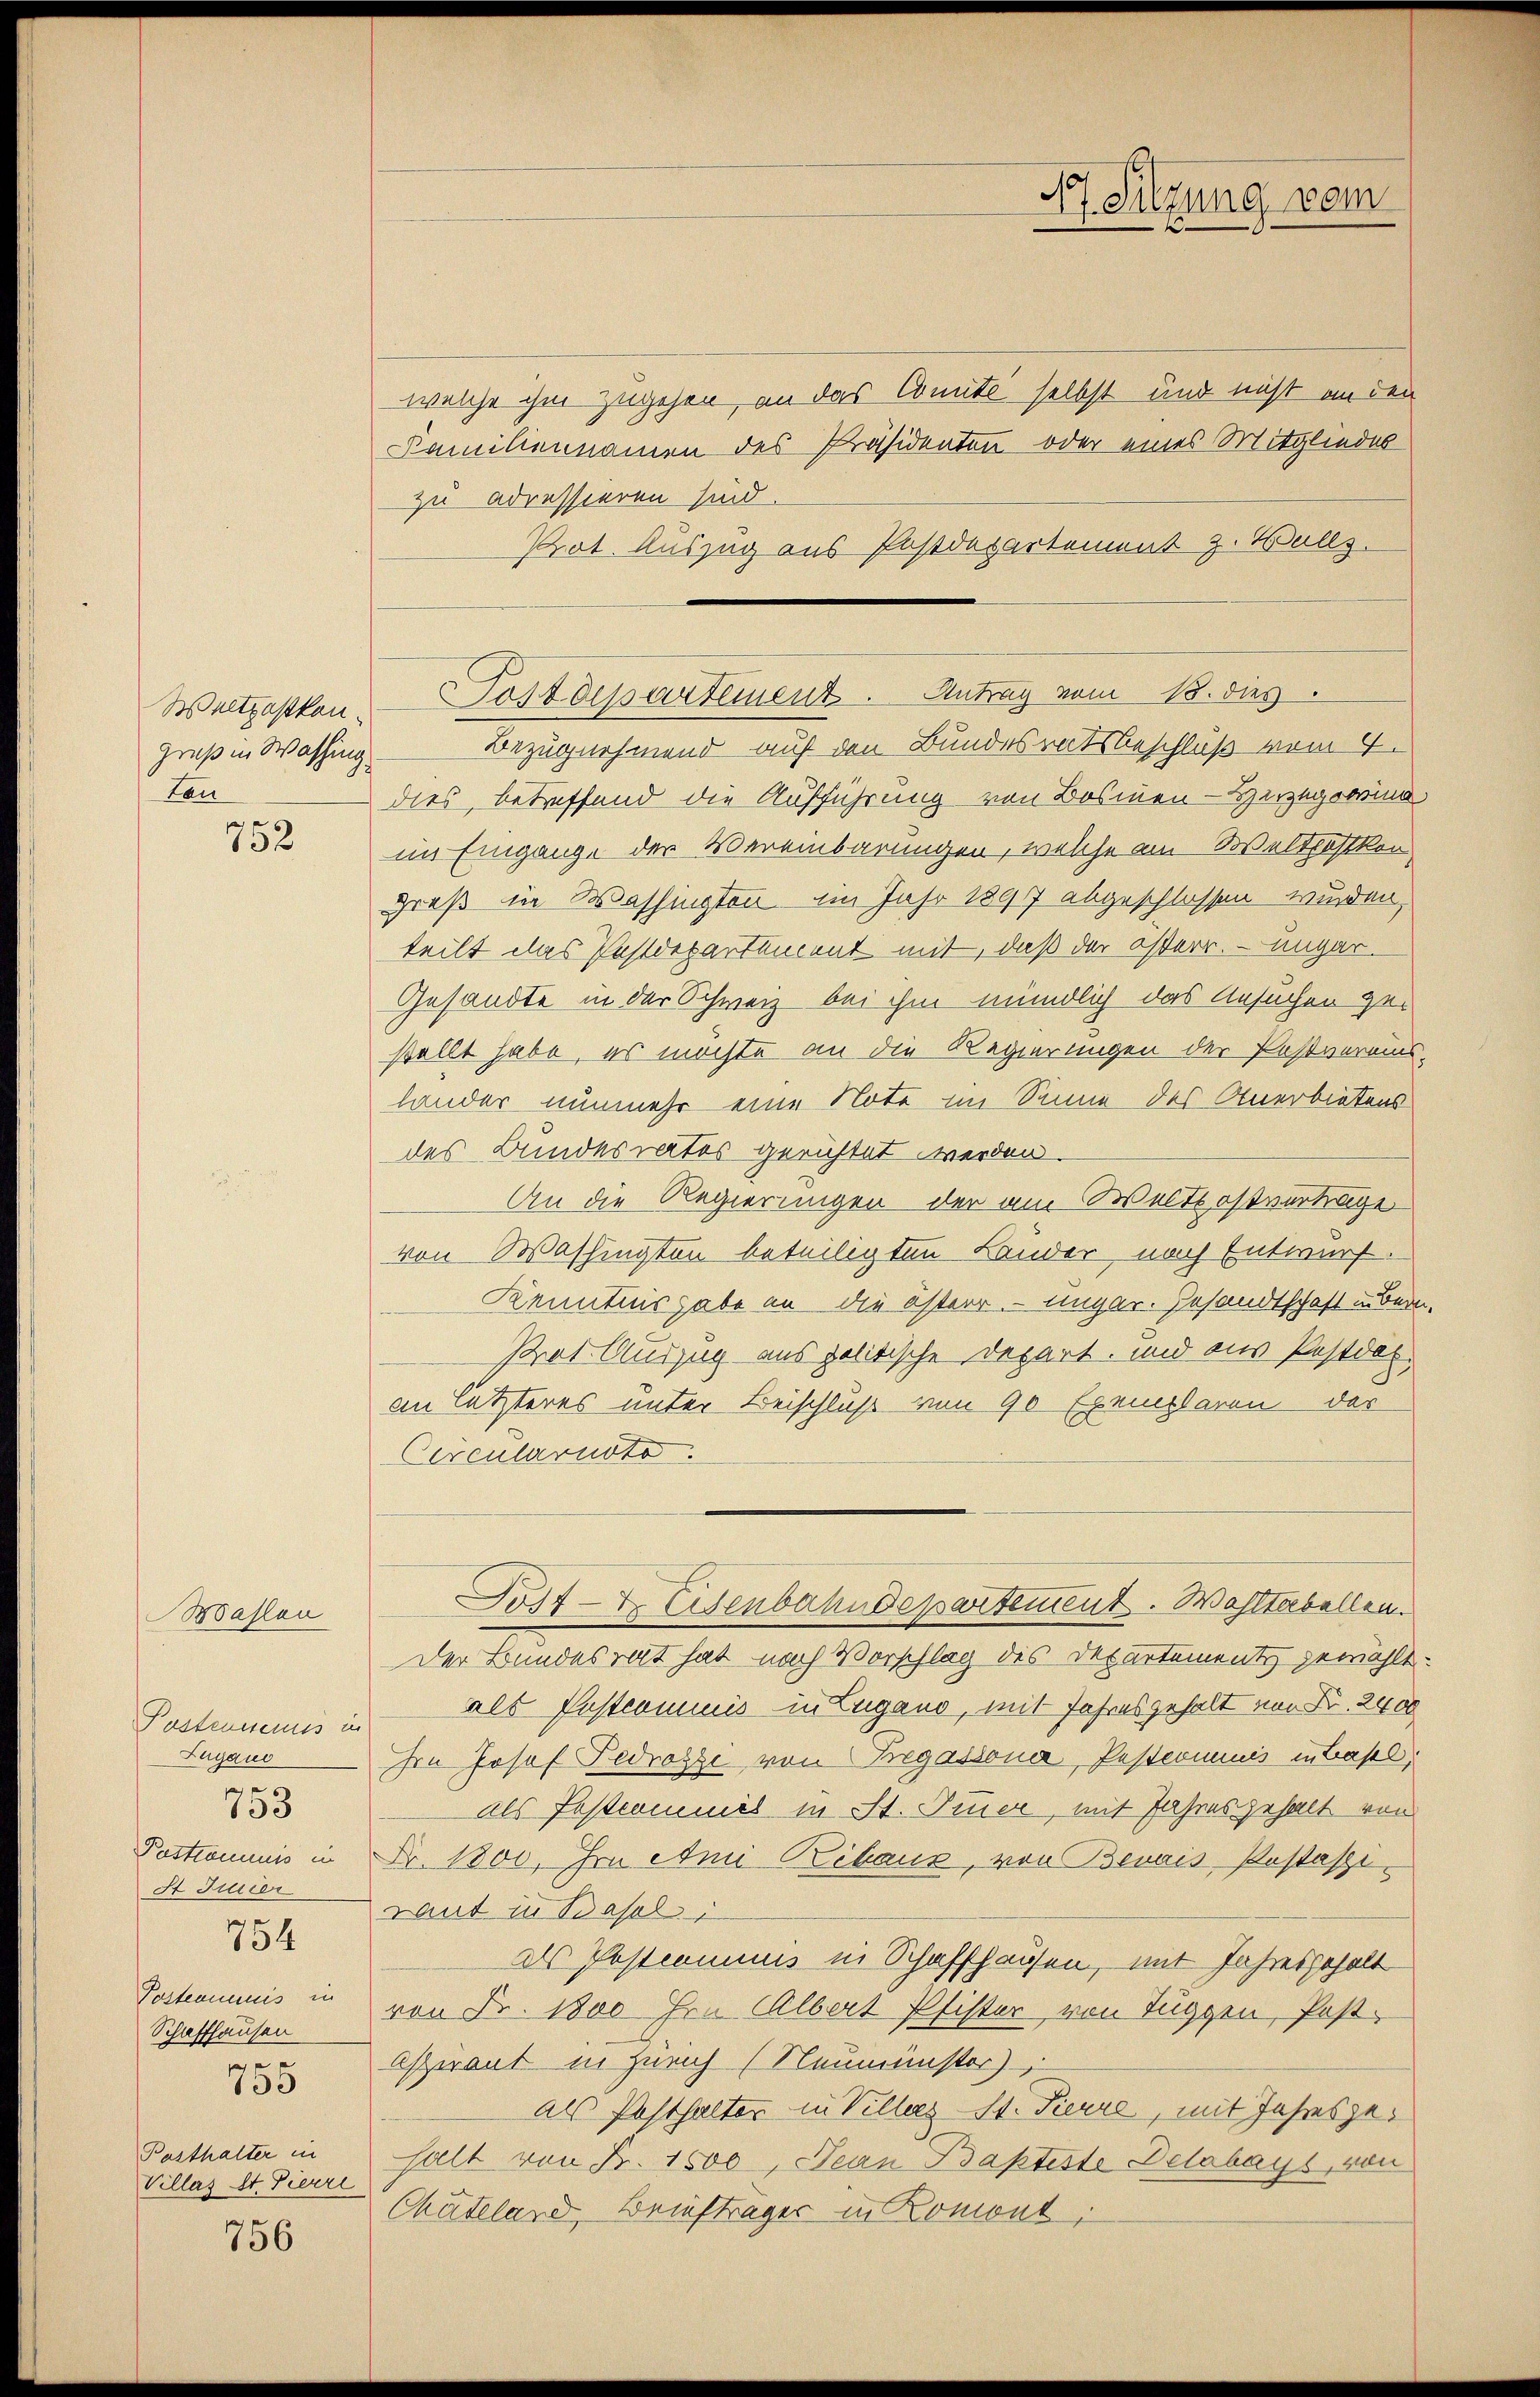
Waitzostkan
gruß in Washing
Lan

752

Postensemuis in
Lugano
Pastrommis in
St Julier
754
Posteamuis in
Schaffhausen
s
135

Mahlen

x
133

Posthalter in
Villas St. Pierre

756

welche ihm zugehen, an das Comite selbst und nicht an den
Familiennamen des Präsidenten oder eines Mitgliedes
zu adressieren sind.
Prat. Auszug aus Postdepartement z. Walls.
Bezugnehmend auf den Bundesratsbeschluß vom 4.
dies, betreffend die Aufführung von Bosinen-Herzegowina
im Eingange der Vereinbarungen, welche am Weltköstkon-
groß in Washingten im Jahr 1897 abgeschlossen wurden,
teilt das Postdepartement mit, daß der österr. - Ungar-
Gesandte in der Schweiz bei ihm mündlich das Ansuchen ge-
stellt habe, es möchte an die Regierungen der Postverans-
lander nunmehr eine Note im Sinne des Anerbietens
des Bundesrates gerichtet werden.
An die Regierungen der am Welts ostvertrage
von Washingten beteiligten Lander nach Entwurf.
Kenntnisgabe an die österr. unger. Gesandtschaft indern
Prot. Auszug aus politische Depart, und aus Postder.
an letzteres unter Beischluß von 90 Exemplaren des
Circularusto.
Post- & Eisenbahndepartement. Wahltabellen
Der Bundesrat hat nach Vorschlag des Departement gewählt.
als Postcomuis in Zugano, mit Jahresgehalt von Fr. 2400
hm Josef Fedrossi von Tregassona, Pestcommuis in Basel.
als Festcommis in St. Fier, mit Jahres gehalt von
Fr. 1800. In Ami Ribaus, von Berais, Pestasi¬
Laut in Basel
als Posteamus in Schaffhausen, mit Jahresgehalt
von Fr. 1800 hen Albert Pfister von Tuggen, Post¬
Aspirant in Zürich (Neumünster)
als Posthalter in Villenz St. Pierre, mit Jahresgehalt von Fr. 1500, Jean Baptiste Delabays, von
Chädeland, Briefträger in Romont,

A Sitzung vom

Postdepartement. Antrag vom 18. dies